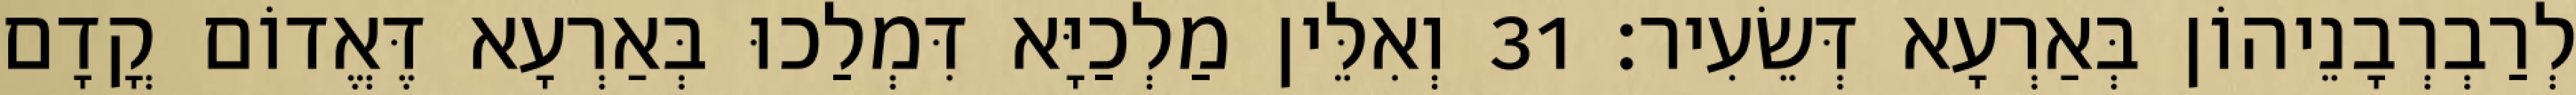
לְרַבְרְבָנֵיהוֹן בְּאַרְעָא דְּשֵׂעִיר׃ 31 וְאִלֵּין מַלְכַיָּא דִּמְלַכוּ בְּאַרְעָא דֶּאֱדוֹם קֳדָם